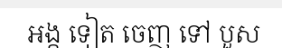
អង្គ ទៀត ចេញ ទៅ បួស